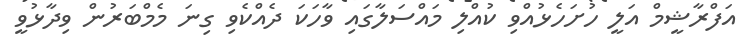
އަފްރާޝީމް އަލީ ހުށަހެޅުއްވި ކުއްލި މައްސަލާގައި ވާހަކަ ދެއްކެވި ގިނަ މެމްބަރުން ވިދާޅުވީ